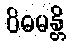
ဝိဓမန္တိ